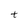
Character: t